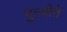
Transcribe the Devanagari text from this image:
पुरवीते